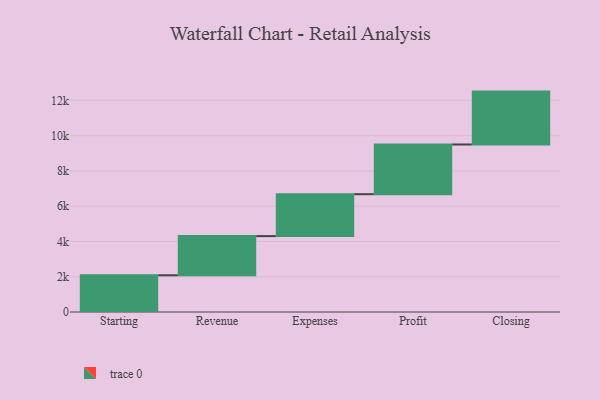
{"axis": {"x": "Step", "y": "Value"}, "legend": [""], "data": [{"x": "Starting", "y": 2083.0, "type": ""}, {"x": "Revenue", "y": 2222.0, "type": ""}, {"x": "Expenses", "y": 2377.0, "type": ""}, {"x": "Profit", "y": 2819.0, "type": ""}, {"x": "Closing", "y": 3000, "type": ""}]}